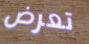
تعرض